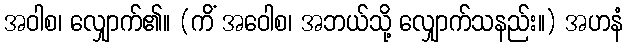
အဝါစ၊ လျှောက်၏။ (ကိံ အဝေါစ၊ အဘယ်သို့ လျှောက်သနည်း။) အဟနံ